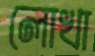
লোখা